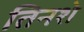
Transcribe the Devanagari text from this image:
तिनशे